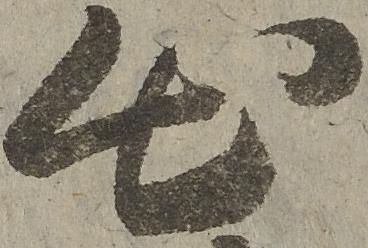
出